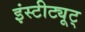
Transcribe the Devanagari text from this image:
इंस्टीट्यूट्